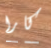
كارا